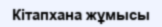
Кітапхана жұмысы